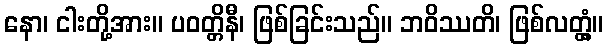
နော၊ ငါးတို့အား။ ပဝတ္တိနီ၊ ဖြစ်ခြင်းသည်။ ဘဝိဿတိ၊ ဖြစ်လတ္တံ့။